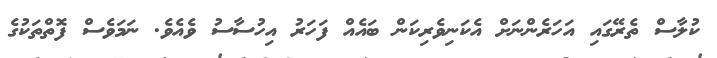
ކުލާސް ތެރޭގައި އަހަރެންނަށް އެކަނިވެރިކަން ބައެއް ފަހަަރު އިހުސާސު ވެއެވެ. ނަމަވެސް ފޮތްތަކުގެ